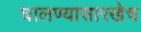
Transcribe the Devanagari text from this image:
घालण्यासारखेच